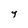
Character: y